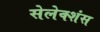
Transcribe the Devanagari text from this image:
सेलेक्शंस